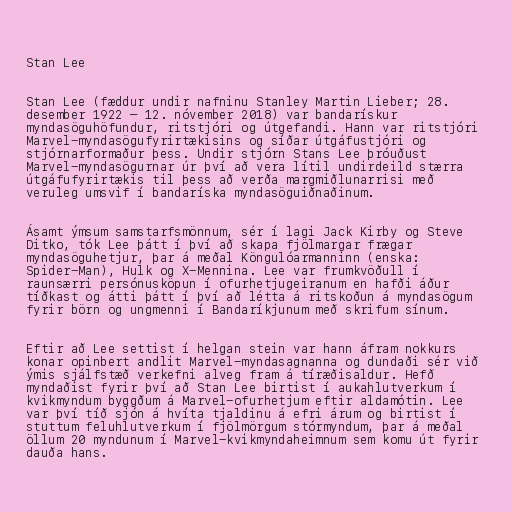
Stan Lee

Stan Lee (fæddur undir nafninu Stanley Martin Lieber; 28.
desember 1922 – 12. nóvember 2018) var bandarískur
myndasöguhöfundur, ritstjóri og útgefandi. Hann var ritstjóri
Marvel-myndasögufyrirtækisins og síðar útgáfustjóri og
stjórnarformaður þess. Undir stjórn Stans Lee þróuðust
Marvel-myndasögurnar úr því að vera lítil undirdeild stærra
útgáfufyrirtækis til þess að verða margmiðlunarrisi með
veruleg umsvif í bandaríska myndasöguiðnaðinum.

Ásamt ýmsum samstarfsmönnum, sér í lagi Jack Kirby og Steve
Ditko, tók Lee þátt í því að skapa fjölmargar frægar
myndasöguhetjur, þar á meðal Köngulóarmanninn (enska:
Spider-Man), Hulk og X-Mennina. Lee var frumkvöðull í
raunsærri persónusköpun í ofurhetjugeiranum en hafði áður
tíðkast og átti þátt í því að létta á ritskoðun á myndasögum
fyrir börn og ungmenni í Bandaríkjunum með skrifum sínum.

Eftir að Lee settist í helgan stein var hann áfram nokkurs
konar opinbert andlit Marvel-myndasagnanna og dundaði sér við
ýmis sjálfstæð verkefni alveg fram á tíræðisaldur. Hefð
myndaðist fyrir því að Stan Lee birtist í aukahlutverkum í
kvikmyndum byggðum á Marvel-ofurhetjum eftir aldamótin. Lee
var því tíð sjón á hvíta tjaldinu á efri árum og birtist í
stuttum feluhlutverkum í fjölmörgum stórmyndum, þar á meðal
öllum 20 myndunum í Marvel-kvikmyndaheimnum sem komu út fyrir
dauða hans.